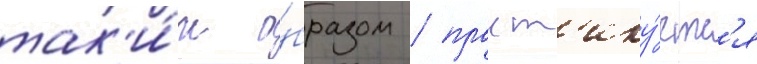
так'и́м о́бразом / практ'ику́етс'я